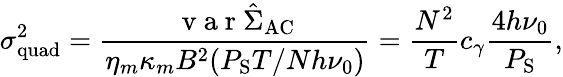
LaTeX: \sigma_{\mathrm{quad}}^{2}=\frac{\mathrm{~v~a~r~}\hat{\Sigma}_{\mathrm{AC}}}{\eta_{m}\kappa_{m}B^{2}(P_{\mathrm{S}}T/Nh\nu_{0})}=\frac{N^{2}}{T}c_{\gamma}\frac{4h\nu_{0}}{P_{\mathrm{S}}},